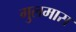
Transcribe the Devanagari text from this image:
गुलमास